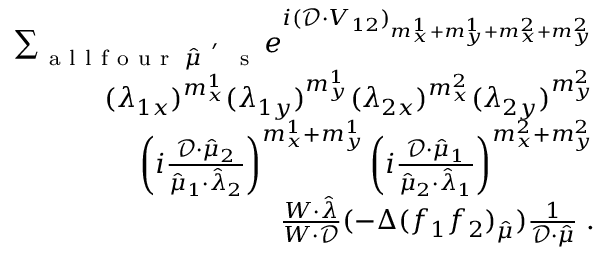
\begin{array} { r l } { \sum _ { \mathrm { ~ a ~ l ~ l ~ f ~ o ~ u ~ r ~ } \; \hat { \mu } ^ { \mathrm { ~ ' ~ } } \mathrm { ~ s ~ } } e ^ { i ( \mathcal { D } \cdot V _ { 1 2 } ) _ { m _ { x } ^ { 1 } + m _ { y } ^ { 1 } + m _ { x } ^ { 2 } + m _ { y } ^ { 2 } } } } & { { } } \\ { ( \lambda _ { 1 x } ) ^ { m _ { x } ^ { 1 } } ( \lambda _ { 1 y } ) ^ { m _ { y } ^ { 1 } } ( \lambda _ { 2 x } ) ^ { m _ { x } ^ { 2 } } ( \lambda _ { 2 y } ) ^ { m _ { y } ^ { 2 } } } & { { } } \\ { \left( i \frac { \mathcal { D } \cdot \hat { \mu } _ { 2 } } { \hat { \mu } _ { 1 } \cdot \hat { \lambda } _ { 2 } } \right) ^ { m _ { x } ^ { 1 } + m _ { y } ^ { 1 } } \left( i \frac { \mathcal { D } \cdot \hat { \mu } _ { 1 } } { \hat { \mu } _ { 2 } \cdot \hat { \lambda } _ { 1 } } \right) ^ { m _ { x } ^ { 2 } + m _ { y } ^ { 2 } } } & { { } } \\ { \frac { W \cdot \hat { \lambda } } { W \cdot \mathcal { D } } ( - \Delta ( f _ { 1 } f _ { 2 } ) _ { \hat { \mu } } ) \frac { 1 } { \mathcal { D } \cdot \hat { \mu } } \; . } \end{array}